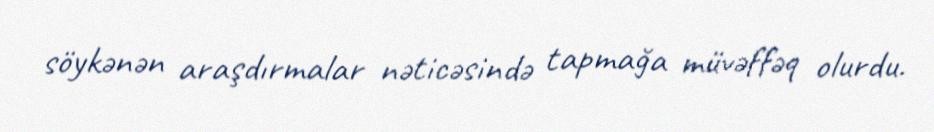
söykənən araşdırmalar nəticəsində tapmağa müvəffəq olurdu.